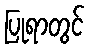
ပြုရာတွင်